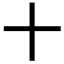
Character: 十